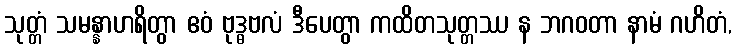
သုတ္တံ သမန္နာဟရိတွာ ဧဝံ ဗုဒ္ဓဗလံ ဒီပေတွာ ကထိတသုတ္တဿ န ဘဂဝတာ နာမံ ဂဟိတံ,